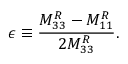
\epsilon \equiv \frac { M _ { 3 3 } ^ { R } - M _ { 1 1 } ^ { R } } { 2 M _ { 3 3 } ^ { R } } .